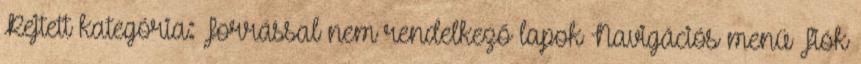
Rejtett kategória: Forrással nem rendelkező lapok Navigációs menü Fiók